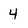
Character: 4